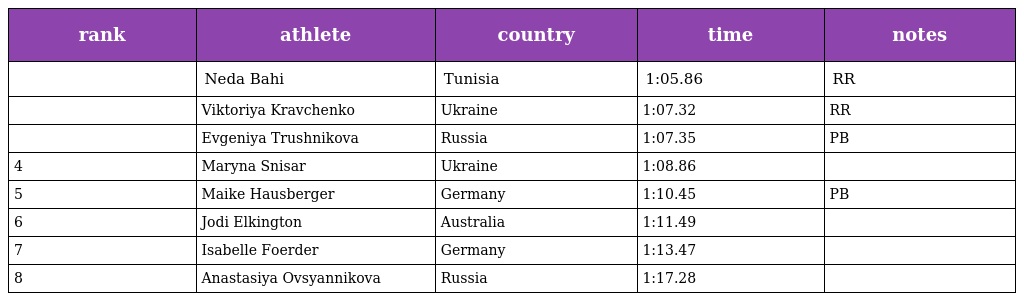
| rank | athlete | country | time | notes |
 | --- | --- | --- | --- | --- |
 |  | Neda Bahi | Tunisia | 1:05.86 | RR |
 |  | Viktoriya Kravchenko | Ukraine | 1:07.32 | RR |
 |  | Evgeniya Trushnikova | Russia | 1:07.35 | PB |
 | 4 | Maryna Snisar | Ukraine | 1:08.86 |  |
 | 5 | Maike Hausberger | Germany | 1:10.45 | PB |
 | 6 | Jodi Elkington | Australia | 1:11.49 |  |
 | 7 | Isabelle Foerder | Germany | 1:13.47 |  |
 | 8 | Anastasiya Ovsyannikova | Russia | 1:17.28 |  |